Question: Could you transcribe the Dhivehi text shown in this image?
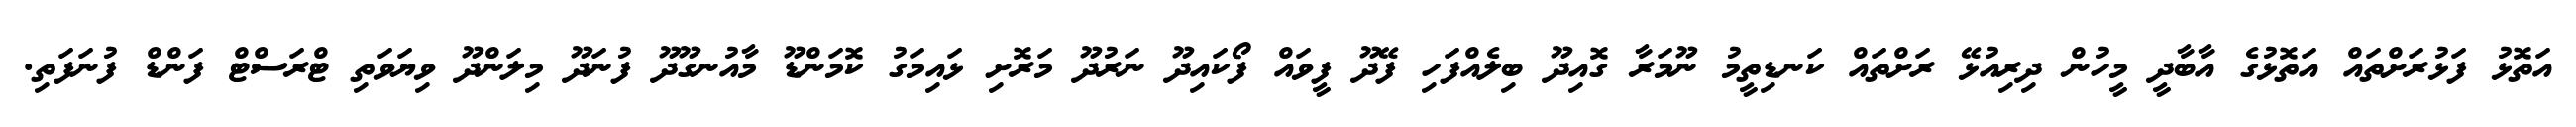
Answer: އަތޮޅު ފަޅުރަށްތައް އަތޮޅުގެ އާބާދީ މީހުން ދިރިއުޅޭ ރަށްތައް ކަނޑިތީމު ނޫމަރާ ގޮއިދޫ ބިލެއްފަހި ފޭދޫ ފީވައް ފޯކައިދޫ ނަރުދޫ މަރޮށި ޅައިމަގު ކޮމަންޑޫ މާއުނގޫދޫ ފުނަދޫ މިލަންދޫ ވިޔަވަތި ޓްރަސްޓް ފަންޑް ފުނަފަތި.